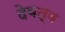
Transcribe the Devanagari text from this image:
देवत्‍व